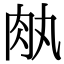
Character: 𦘾